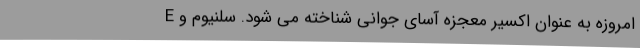
E امروزه به عنوان اکسیر معجزه آسایِ جوانی شناخته می شود. سلنیوم و